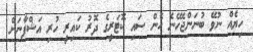
ހިޔެއް ނުވޭ ބުނަންޖެހޭނެ ހެން ސައި ކޮޓަރީގެ ދޮރު ކައިރީ ހުރި އަޝްފާނަށް